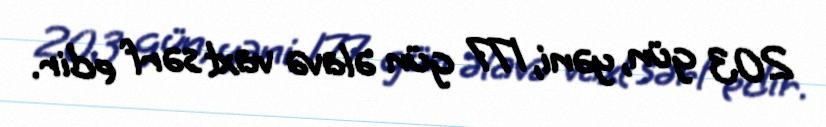
203 gün, yəni, 177 gün əlavə vaxt sərf edir.